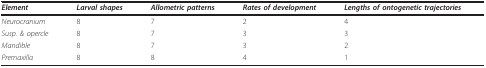
<table><thead><tr><td><b><i>Element</i></b></td><td><b><i>Larval shapes</i></b></td><td><b><i>Allometric patterns</i></b></td><td><b><i>Rates of development</i></b></td><td><b><i>Lengths of ontogenetic trajectories</i></b></td></tr></thead><tbody><tr><td><i>Neurocranium</i></td><td>8</td><td>7</td><td>2</td><td>4</td></tr><tr><td><i>Susp. &amp; opercle</i></td><td>8</td><td>7</td><td>3</td><td>3</td></tr><tr><td><i>Mandible</i></td><td>8</td><td>7</td><td>3</td><td>2</td></tr><tr><td><i>Premaxilla</i></td><td>8</td><td>8</td><td>4</td><td>1</td></tr></tbody></table>